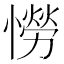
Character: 憦